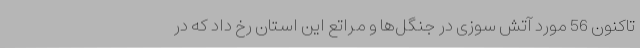
تاکنون 56 مورد آتش سوزی در جنگل‌ها و مراتع این استان رخ داد که در